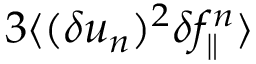
3 \langle { ( \delta u _ { n } ) ^ { 2 } \delta f _ { \parallel } ^ { n } } \rangle